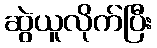
ဆွဲယူလိုက်ပြီး